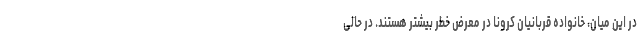
در این میان، خانواده قربانیان کرونا در معرض خطر بیشتر هستند. در حالی